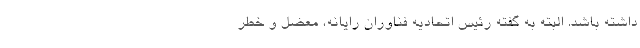
داشته باشد. البته به گفته رئیس اتحادیه فناوران رایانه، معضل و خطر